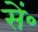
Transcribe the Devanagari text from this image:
सें॰